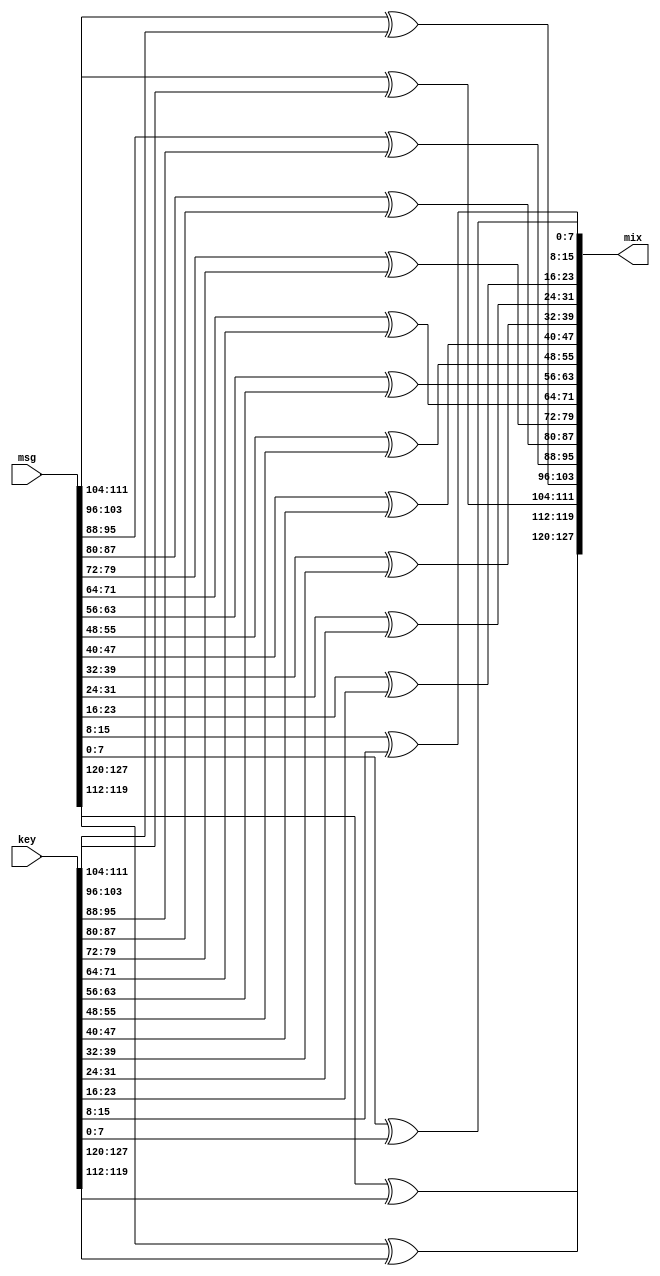
module Add_round_key(
msg ,
key ,
mix);
input [127:0] msg;
input [127:0] key;
output [127:0] mix;
assign mix [127:120] =( msg[127:120] ^ key[127:120] );
assign mix [119:112] =( msg[119:112] ^ key[119:112] );
assign mix [111:104] =( msg[111:104] ^ key[111:104] );
assign mix [103:96] =( msg[103:96] ^ key[103:96] );
assign mix [95:88] =( msg[95:88] ^ key[95:88] );
assign mix [87:80] =( msg[87:80] ^ key[87:80] );
assign mix [79:72] =( msg[79:72] ^ key[79:72] );
assign mix [71:64] =( msg[71:64] ^ key[71:64] );
assign mix [63:56] =( msg[63:56] ^ key[63:56] );
assign mix [55:48] =( msg[55:48] ^ key[55:48] );
assign mix [47:40] =( msg[47:40] ^ key[47:40] );
assign mix [39:32] =( msg[39:32] ^ key[39:32] );
assign mix [31:24] =( msg[31:24] ^ key[31:24] );
assign mix [23:16] =( msg[23:16] ^ key[23:16] );
assign mix [15:8] =( msg[15:8] ^ key[15:8] );
assign mix [7:0] =( msg[7:0] ^ key[7:0] );

endmodule